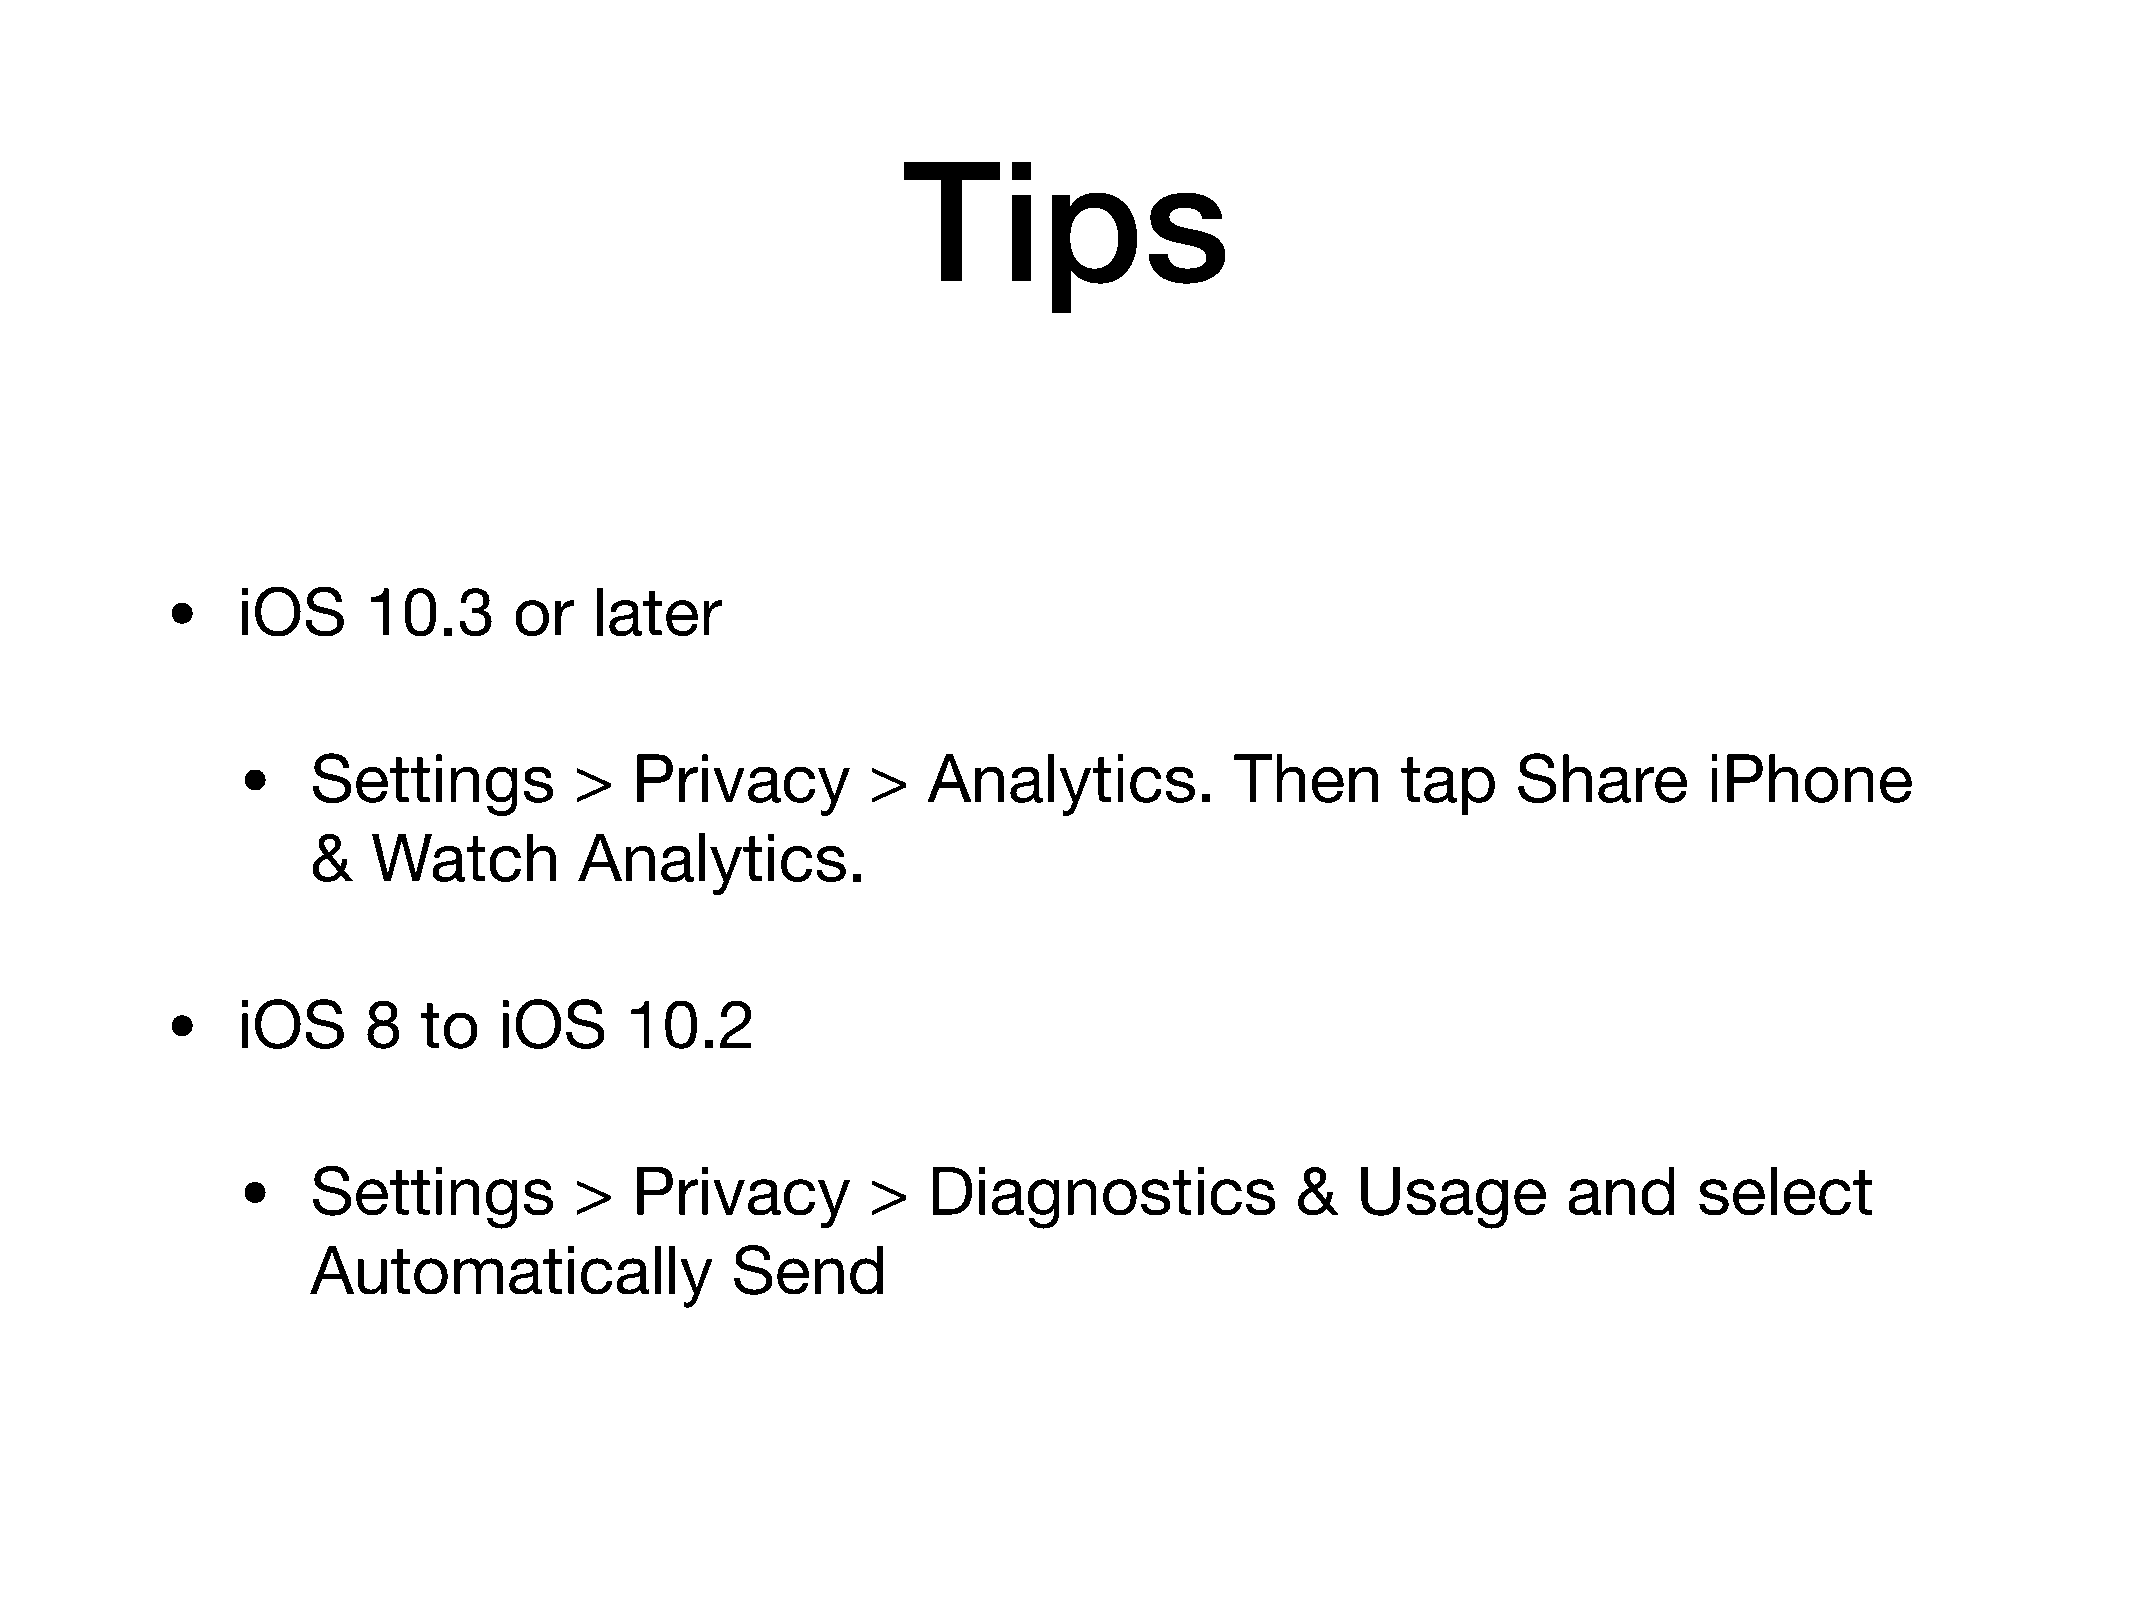
Tips
 •
 iOS     10.3      or   later
 •
 Settings         >   Privacy         >  Analytics.           Then       tap    Share        iPhone
 &   Watch        Analytics.
 •
 iOS     8   to   iOS     10.2
 •
 Settings         >   Privacy         >  Diagnostics              &   Usage         and     select
 Automatically              Send